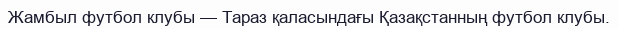
Жамбыл футбол клубы — Тараз қаласындағы Қазақстанның футбол клубы.